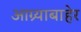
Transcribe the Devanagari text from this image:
आग्र्याबाहेर